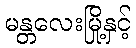
မန္တလေးမြို့နှင့်